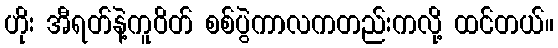
ဟိုး အီရတ်နဲ့ကူဝိတ် စစ်ပွဲကာလကတည်းကလို့ ထင်တယ်။